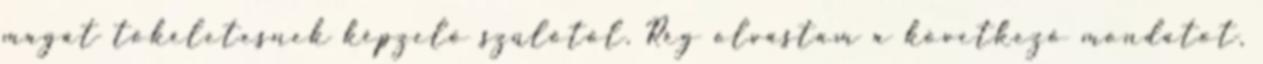
magát tökéletesnek képzelő szülőtől. Rég olvastam a következő mondatot,